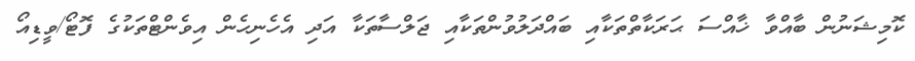
ކޮމިޝަނުން ބާއްވާ ޚާއްސަ ޙަރަކާތްތަކާއި ބައްދަލުވުންތަކާއި ޖަލްސާތަކާ އަދި އެހެނިހެން އިވެންޓްތަކުގެ ފޮޓޯ/ވީޑިއޯ